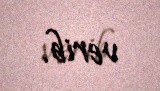
verib.